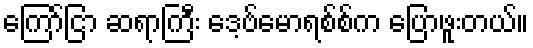
ကြော်ငြာ ဆရာကြီး ဒေ့ဗ်မောရစ်စ်က ပြောဖူးတယ်။